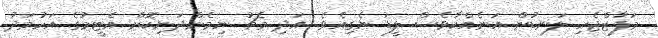
މަފާޒްޖެހި ލަނޑުން އަނެއްކާވެސް ލީޑު ނެގިއެވެ. އަދި މެޗު ނިމެންދަނިކޮށް އެޓީމުގެ އަހުމަދު